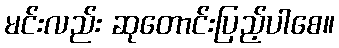
မင်းလည်း ဆုတောင်းပြည့်ပါစေ။